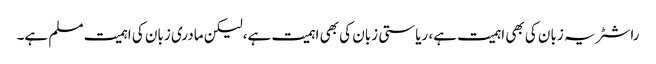
راشٹر یہ زبان کی بھی اہمیت ہے، ریاستی زبان کی بھی اہمیت ہے،لیکن مادری زبان کی اہمیت مسلم ہے۔